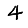
Digit: 4